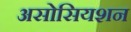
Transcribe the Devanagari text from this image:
असोसियशन